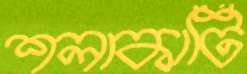
শলাকাটি